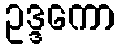
ဥဒ္ဒကော